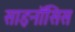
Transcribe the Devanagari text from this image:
साइनॉसिस